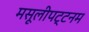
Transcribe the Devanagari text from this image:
मसूलीपट्टनम